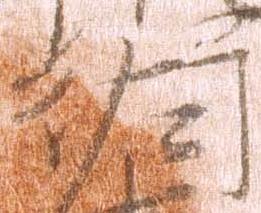
行